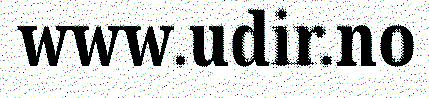
www.udir.no